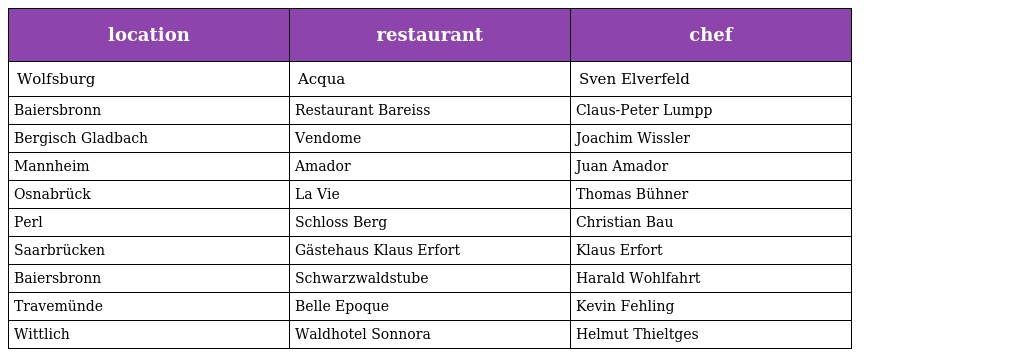
| location | restaurant | chef |
 | --- | --- | --- |
 | Wolfsburg | Acqua | Sven Elverfeld |
 | Baiersbronn | Restaurant Bareiss | Claus-Peter Lumpp |
 | Bergisch Gladbach | Vendome | Joachim Wissler |
 | Mannheim | Amador | Juan Amador |
 | Osnabrück | La Vie | Thomas Bühner |
 | Perl | Schloss Berg | Christian Bau |
 | Saarbrücken | Gästehaus Klaus Erfort | Klaus Erfort |
 | Baiersbronn | Schwarzwaldstube | Harald Wohlfahrt |
 | Travemünde | Belle Epoque | Kevin Fehling |
 | Wittlich | Waldhotel Sonnora | Helmut Thieltges |